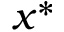
x ^ { * }